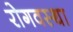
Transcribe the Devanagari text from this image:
रोगवस्था